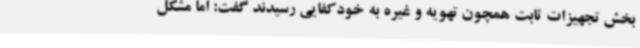
بخش تجهیزات ثابت همچون تهویه و غیره به خودکفایی رسیدند گفت: اما مشکل